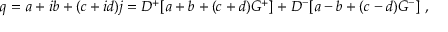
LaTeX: q = a + i b + ( c + i d ) j = D ^ { + } [ a + b + ( c + d ) G ^ { + } ] + D ^ { - } [ a - b + ( c - d ) G ^ { - } ] ~ ,